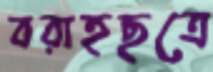
বরাহছত্রে